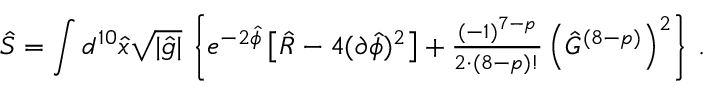
\hat { S } = \int d ^ { 1 0 } \hat { x } \sqrt { | \hat { g } | } \, \left\{ e ^ { - 2 \hat { \phi } } \left[ \hat { R } - 4 ( \partial \hat { \phi } ) ^ { 2 } \right] + { \textstyle \frac { ( - 1 ) ^ { 7 - p } } { 2 \cdot ( 8 - p ) ! } } \left( \hat { G } ^ { ( 8 - p ) } \right) ^ { 2 } \right\} \, .